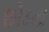
છોડના